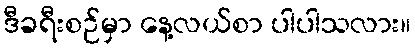
ဒီခရီးစဉ်မှာ နေ့လယ်စာ ပါပါသလား။